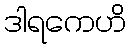
ဒါရကေဟိ